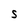
Character: S